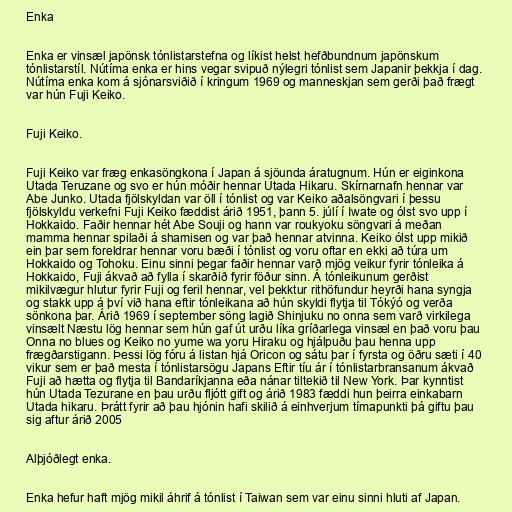
Enka

Enka er vinsæl japönsk tónlistarstefna og líkist helst hefðbundnum japönskum
tónlistarstíl. Nútíma enka er hins vegar svipuð nýlegri tónlist sem Japanir þekkja í dag.
Nútíma enka kom á sjónarsviðið í kringum 1969 og manneskjan sem gerði það frægt
var hún Fuji Keiko.

Fuji Keiko.

Fuji Keiko var fræg enkasöngkona í Japan á sjöunda áratugnum. Hún er eiginkona
Utada Teruzane og svo er hún móðir hennar Utada Hikaru. Skírnarnafn hennar var
Abe Junko. Utada fjölskyldan var öll í tónlist og var Keiko aðalsöngvari í þessu
fjölskyldu verkefni Fuji Keiko fæddist árið 1951, þann 5. júlí í Iwate og ólst svo upp í
Hokkaido. Faðir hennar hét Abe Souji og hann var roukyoku söngvari á meðan
mamma hennar spilaði á shamisen og var það hennar atvinna. Keiko ólst upp mikið
ein þar sem foreldrar hennar voru bæði í tónlist og voru oftar en ekki að túra um
Hokkaido og Tohoku. Einu sinni þegar faðir hennar varð mjög veikur fyrir tónleika á
Hokkaido, Fuji ákvað að fylla í skarðið fyrir föður sinn. Á tónleikunum gerðist
mikilvægur hlutur fyrir Fuji og feril hennar, vel þekktur rithöfundur heyrði hana syngja
og stakk upp á því við hana eftir tónleikana að hún skyldi flytja til Tókýó og verða
sönkona þar. Árið 1969 í september söng lagið Shinjuku no onna sem varð virkilega
vinsælt Næstu lög hennar sem hún gaf út urðu líka gríðarlega vinsæl en það voru þau
Onna no blues og Keiko no yume wa yoru Hiraku og hjálpuðu þau henna upp
frægðarstigann. Þessi lög fóru á listan hjá Oricon og sátu þar í fyrsta og öðru sæti í 40
vikur sem er það mesta í tónlistarsögu Japans Eftir tíu ár í tónlistarbransanum ákvað
Fuji að hætta og flytja til Bandaríkjanna eða nánar tiltekið til New York. Þar kynntist
hún Utada Tezurane en þau urðu fljótt gift og árið 1983 fæddi hun þeirra einkabarn
Utada hikaru. Þrátt fyrir að þau hjónin hafi skilið á einhverjum tímapunkti þá giftu þau
sig aftur árið 2005

Alþjóðlegt enka.

Enka hefur haft mjög mikil áhrif á tónlist í Taiwan sem var einu sinni hluti af Japan.